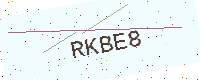
Text: RKBE8